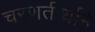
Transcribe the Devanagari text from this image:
चरणतीर्थाने